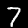
Digit: 7